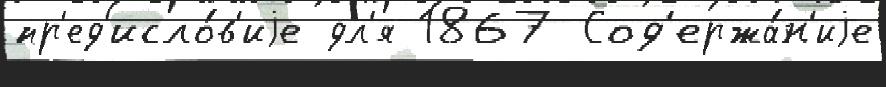
пр'ед'исло́в'иjе дл'я 1867 Сод'ержа́н'иjе